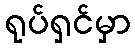
ရုပ်ရှင်မှာ